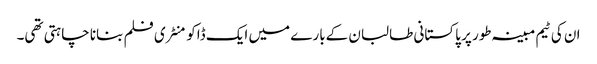
ان کی ٹیم مبینہ طور پر پاکستانی طالبان کےبارے میں ایک ڈاکومنٹری فلم بنانا چاہتی تھی۔